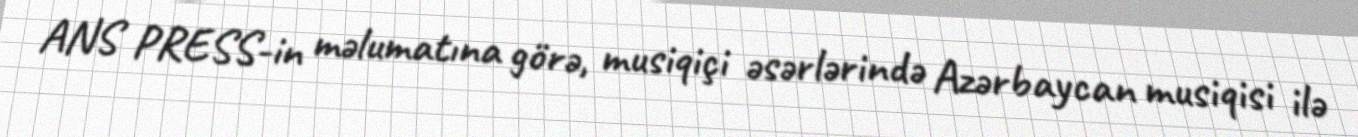
ANS PRESS-in məlumatına görə, musiqiçi əsərlərində Azərbaycan musiqisi ilə